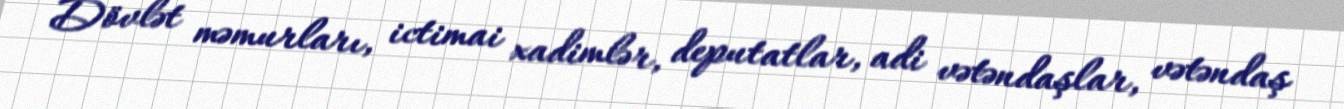
Dövlət məmurları, ictimai xadimlər, deputatlar, adi vətəndaşlar, vətəndaş